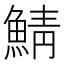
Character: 鯖